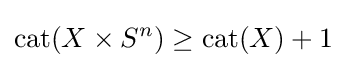
\operatorname {cat} (X\times S^{n})\geq \operatorname {cat} (X)+1